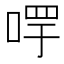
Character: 𠵄